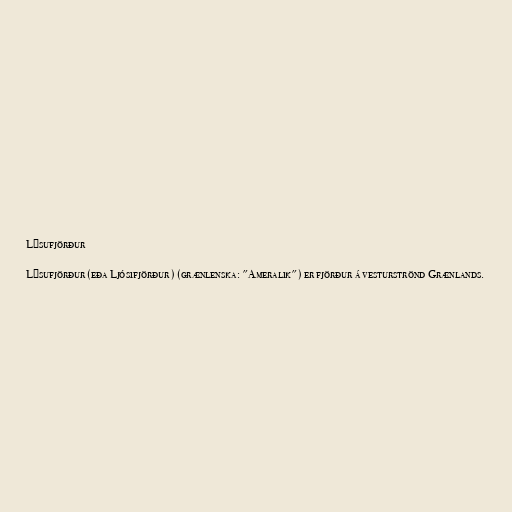
Lýsufjörður

Lýsufjörður (eða Ljósifjörður ) (grænlenska: "Ameralik") er fjörður á vesturströnd Grænlands.